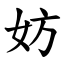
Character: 妨